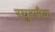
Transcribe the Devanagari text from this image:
रघुरामैया